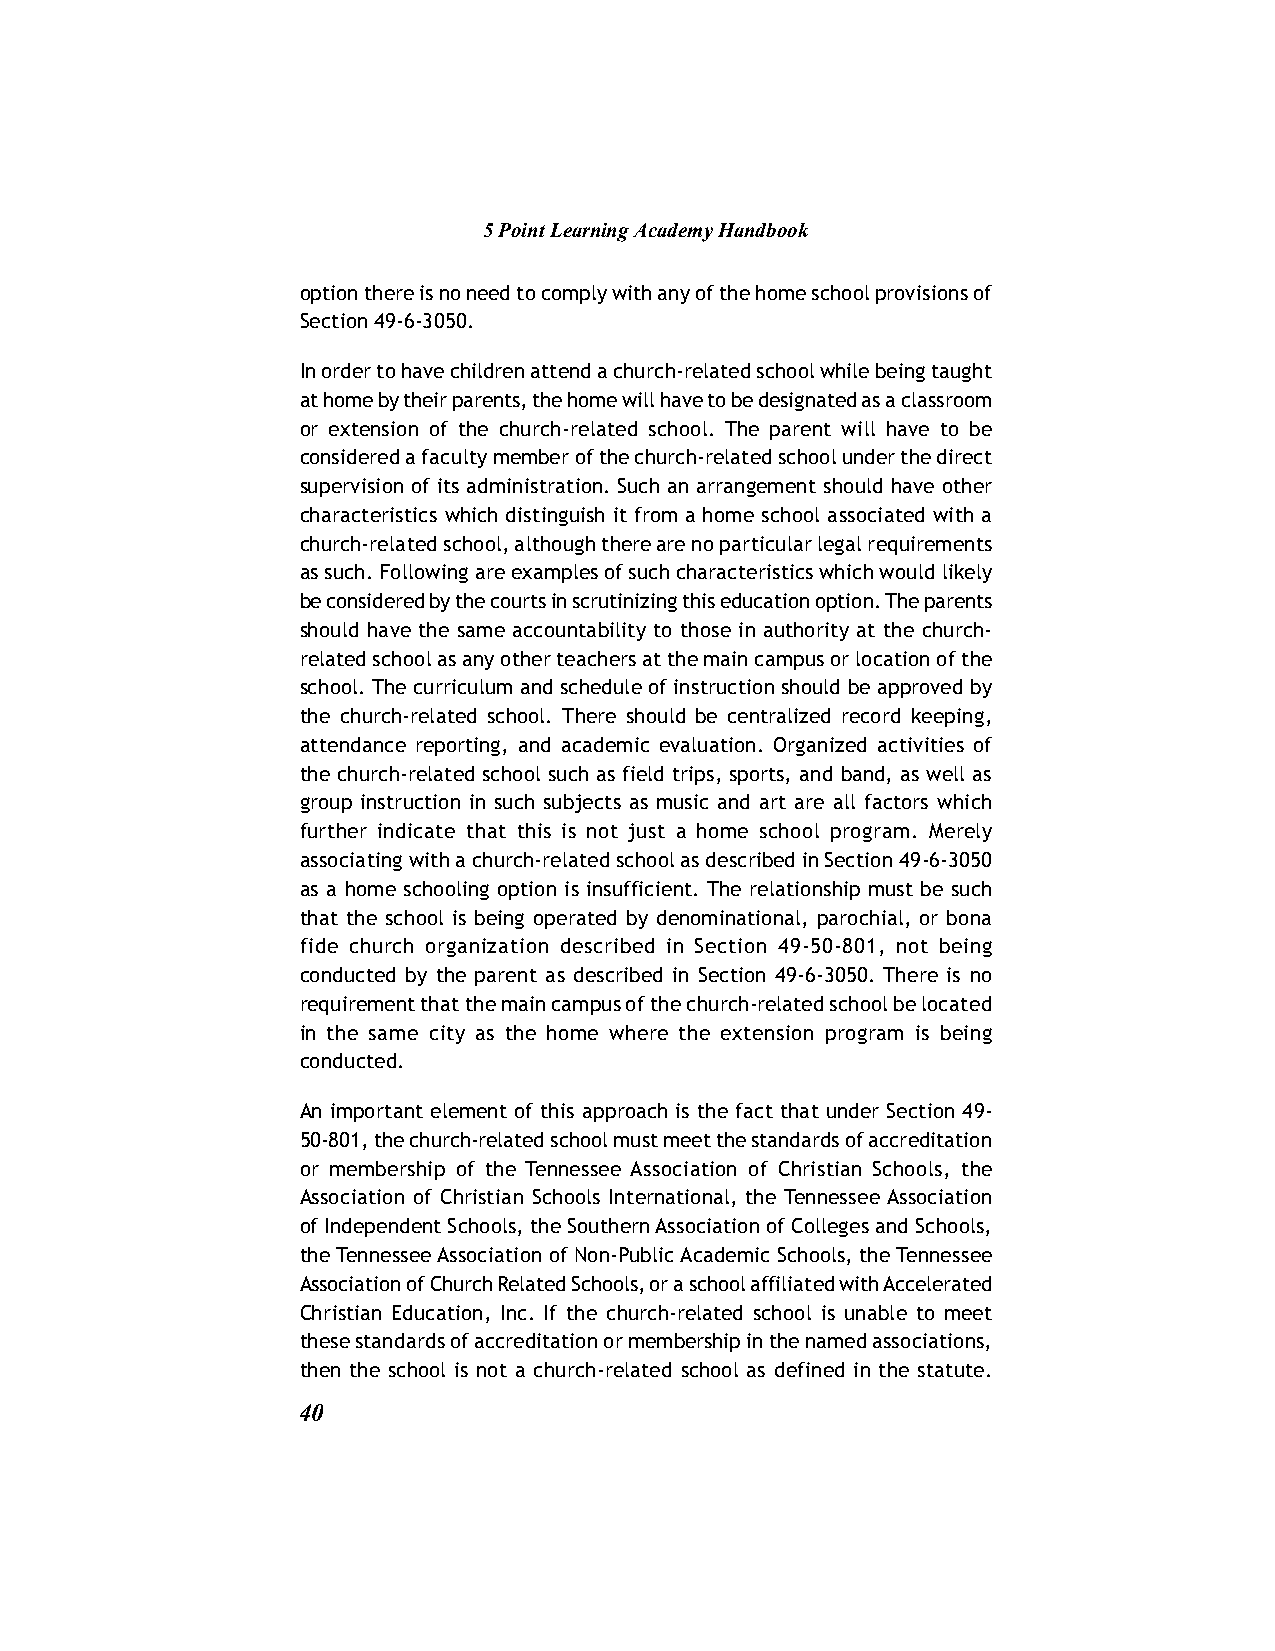
5 Point Learning Academy Handbook
 option there is no need to comply with any of the home school provisions of
 Section 49-6-3050.
 In order to have children attend a church-related school while being taught
 at home by their parents, the home will have to be designated as a classroom
 or extension of the church-related school. The parent will have to be
 considered a faculty member of the church-related school under the direct
 supervision of its administration. Such an arrangement should have other
 characteristics which distinguish it from a home school associated with a
 church-related school, although there are no particular legal requirements
 as such. Following are examples of such characteristics which would likely
 be considered by the courts in scrutinizing this education option. The parents
 should have the same accountability to those in authority at the church-
 related school as any other teachers at the main campus or location of the
 school. The curriculum and schedule of instruction should be approved by
 the church-related school. There should be centralized record keeping,
 attendance reporting, and academic evaluation. Organized activities of
 the church-related school such as field trips, sports, and band, as well as
 group instruction in such subjects as music and art are all factors which
 further indicate that this is not just a home school program. Merely
 associating with a church-related school as described in Section 49-6-3050
 as a home schooling option is insufficient. The relationship must be such
 that the school is being operated by denominational, parochial, or bona
 fide church organization described in Section 49-50-801, not being
 conducted by the parent as described in Section 49-6-3050. There is no
 requirement that the main campus of the church-related school be located
 in the same city as the home where the extension program is being
 conducted.
 An important element of this approach is the fact that under Section 49-
 50-801, the church-related school must meet the standards of accreditation
 or membership of the Tennessee Association of Christian Schools, the
 Association of Christian Schools International, the Tennessee Association
 of Independent Schools, the Southern Association of Colleges and Schools,
 the Tennessee Association of Non-Public Academic Schools, the Tennessee
 Association of Church Related Schools, or a school affiliated with Accelerated
 Christian Education, Inc. If the church-related school is unable to meet
 these standards of accreditation or membership in the named associations,
 then the school is not a church-related school as defined in the statute.
 40